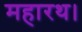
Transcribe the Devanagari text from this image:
महारथ।